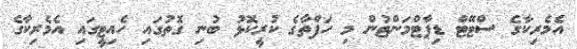
އެމެރިކާގެ ސްޓޭޓް ޑިޕާޓްމަންޓުން މި ހަފްތާގެ ކުރީކޮޅު ބުނި ގޮތުގައި ހެެއިޓީގައި އެމެރިކާގެ